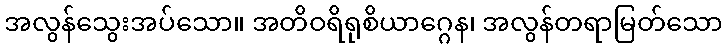
အလွန်သွေးအပ်သော။ အတိဝရိရုစိယာဂ္ဂေန၊ အလွန်တရာမြတ်သော